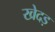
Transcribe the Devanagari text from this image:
खेदड़